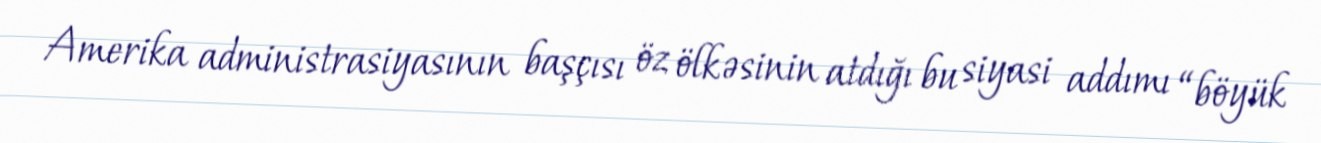
Amerika administrasiyasının başçısı öz ölkəsinin atdığı bu siyasi addımı “böyük